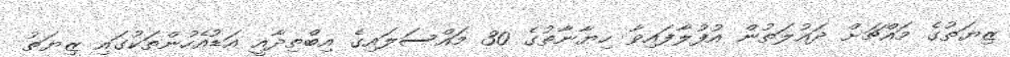
ޒިޔަތުގެ މައްޗަށް ދައުލަތުން އުފުލާފައިވާ ހިޔާނާތުގެ 30 މައްސަލައިގެ އިބްތިދާއީ އަޑުއެހުންތަކުގައި ޒިޔަތު